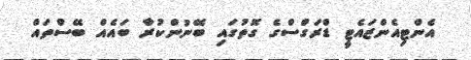
އެންޓިއެންޒައެޓީ ޑްރަގްސްގެ ގޮތުގައި ބޭނުންކުރާ ބައެއް ބޭސްތައް